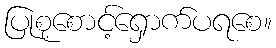
ပြုစုစောင့်ရှောက်ပရစေ။